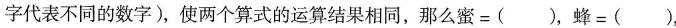
字代表不同的数字)，使两个算式的运算结果相同，那么蜜=( )，蜂=( )，